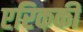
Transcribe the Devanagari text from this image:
एरिककी